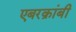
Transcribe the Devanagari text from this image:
एबरक्रांबी